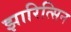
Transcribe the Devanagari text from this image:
झारित्सिन